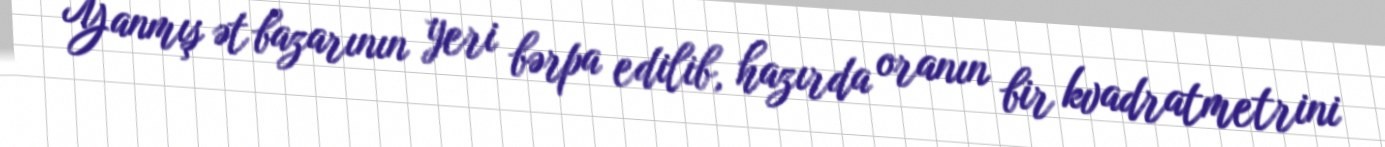
Yanmış ət bazarının yeri bərpa edilib, hazırda oranın bir kvadratmetrini